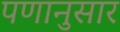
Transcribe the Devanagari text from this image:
पणानुसार